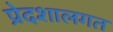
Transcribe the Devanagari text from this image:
प्रेदशालगत